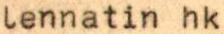
lennatin hk